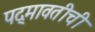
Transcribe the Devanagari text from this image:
पद्मावतीची